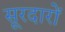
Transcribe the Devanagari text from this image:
सूरदारों